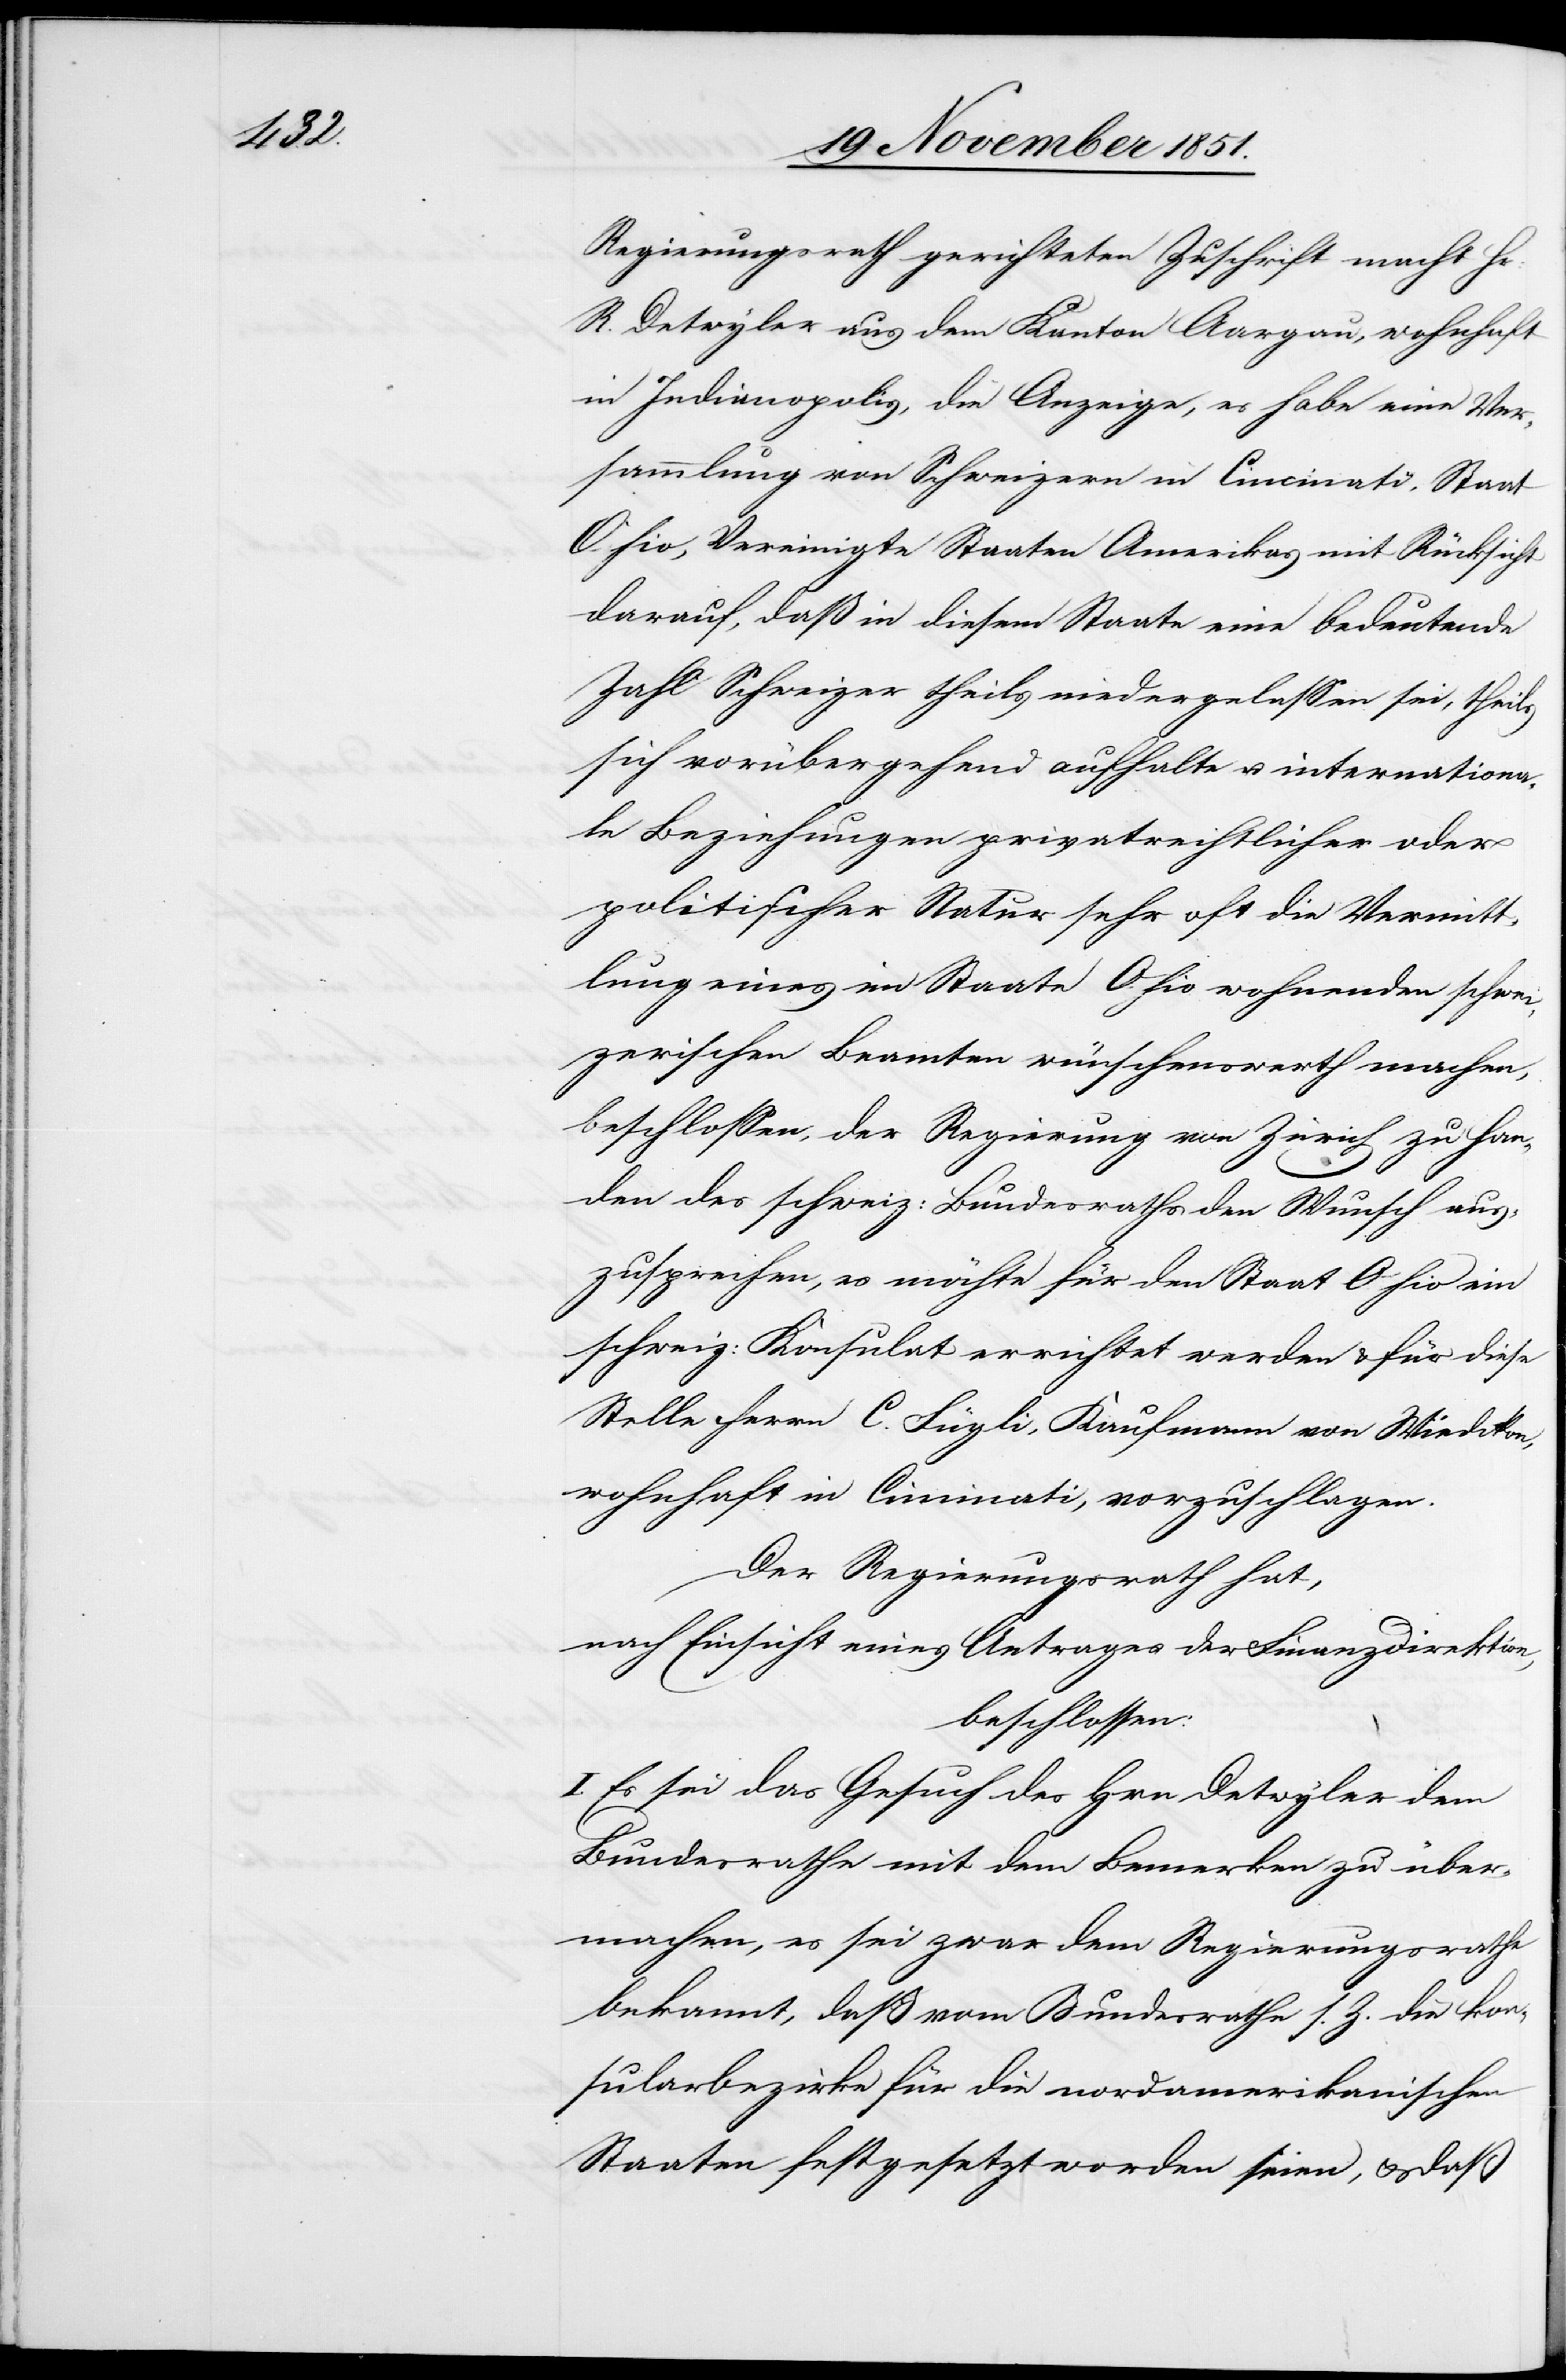
Regierungsrath gerichteten Zuschrift macht Hr:
R. Detwyler aus dem Kanton Aargau, wohnhaft
in Indianopolis, die Anzeige, es habe eine Ver¬
sammlung von Schweizern in Cincinati, Staat
Ohio, Vereinigte Staaten Amerikas mit Rücksicht
darauf, daß in diesem Staate eine bedeutende
Zahl Schweizer theils niedergelassen sei, theils
sich vorübergehend aufhalte u. internationa¬
le Beziehungen privatrechtlicher oder
politischer Natur sehr oft die Vermitt¬
lung eines im Staate Ohio wohnenden schwei¬
zerischen Beamten wünschenswerth machen,
beschlossen, der Regierung von Zürich zu Han¬
den des schweiz: Bundesraths den Wunsch aus¬
zusprechen, es möchte für den Staat Ohio ein
schweiz: Konsulat errichtet werden & für diese
Stelle Herrn C. Fügli, Kaufmann von Wiedikon,
wohnhaft in Cincinati, vorzuschlagen.
Der Regierungsrath hat,
nach Einsicht eines Antrages der Finanzdirektion,
beschlossen:
I. Es sei das Gesuch des Hrn Detwyler dem
Bundesrathe mit dem Bemerken zu über¬
machen, es sei zwar dem Regierungsrathe
bekannt, daß vom Bundesrathe s. Z. die kon¬
sularbezirke [sic!] für die nordamerikanischen
Staaten festgesetzt worden seien, & daß